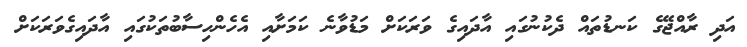
އަދި ރާއްޖޭގެ ކަނޑުތައް ދެކުނުގައި އާދައިގެ ވަރަކަށް މަޑުވާނެ ކަމަށާއި އެހެންހިސާބުތަކުގައި އާދައިގެވަރަކަށް